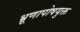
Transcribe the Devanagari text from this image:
भ्रूणापोषयुक्त